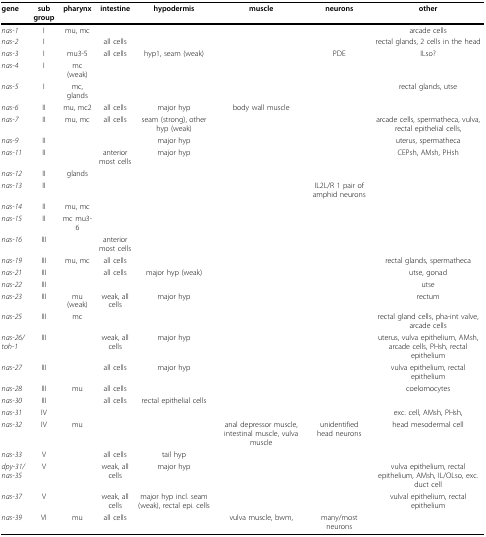
<table><thead><tr><td><b>gene</b></td><td><b>sub group</b></td><td><b>pharynx</b></td><td><b>intestine</b></td><td><b>hypodermis</b></td><td><b>muscle</b></td><td><b>neurons</b></td><td><b>other</b></td></tr></thead><tbody><tr><td><i>nas-1</i></td><td>I</td><td>mu, mc</td><td></td><td></td><td></td><td></td><td>arcade cells</td></tr><tr><td><i>nas-2</i></td><td>I</td><td></td><td>all cells</td><td></td><td></td><td></td><td>rectal glands, 2 cells in the head</td></tr><tr><td><i>nas-3</i></td><td>I</td><td>mu3-5</td><td>all cells</td><td>hyp1, seam (weak)</td><td></td><td>PDE</td><td>ILso?</td></tr><tr><td><i>nas-4</i></td><td>I</td><td>mc (weak)</td><td></td><td></td><td></td><td></td><td></td></tr><tr><td><i>nas-5</i></td><td>I</td><td>mc, glands</td><td></td><td></td><td></td><td></td><td>rectal glands, utse</td></tr><tr><td><i>nas-6</i></td><td>II</td><td>mu, mc2</td><td>all cells</td><td>major hyp</td><td>body wall muscle</td><td></td><td></td></tr><tr><td><i>nas-7</i></td><td>II</td><td>mu, mc</td><td>all cells</td><td>seam (strong), other hyp (weak)</td><td></td><td></td><td>arcade cells, spermatheca, vulva, rectal epithelial cells,</td></tr><tr><td><i>nas-9</i></td><td>II</td><td></td><td></td><td>major hyp</td><td></td><td></td><td>uterus, spermatheca</td></tr><tr><td><i>nas-11</i></td><td>II</td><td></td><td>anterior most cells</td><td>major hyp</td><td></td><td></td><td>CEPsh, AMsh, PHsh</td></tr><tr><td><i>nas-12</i></td><td>II</td><td>glands</td><td></td><td></td><td></td><td></td><td></td></tr><tr><td><i>nas-13</i></td><td>II</td><td></td><td></td><td></td><td></td><td>IL2L/R 1 pair of amphid neurons</td><td></td></tr><tr><td><i>nas-14</i></td><td>II</td><td>mu, mc</td><td></td><td></td><td></td><td></td><td></td></tr><tr><td><i>nas-15</i></td><td>II</td><td>mc mu3-6</td><td></td><td></td><td></td><td></td><td></td></tr><tr><td><i>nas-16</i></td><td>III</td><td></td><td>anterior most cells</td><td></td><td></td><td></td><td></td></tr><tr><td><i>nas-19</i></td><td>III</td><td>mu, mc</td><td>all cells</td><td></td><td></td><td></td><td>rectal glands, spermatheca</td></tr><tr><td><i>nas-21</i></td><td>III</td><td></td><td>all cells</td><td>major hyp (weak)</td><td></td><td></td><td>utse, gonad</td></tr><tr><td><i>nas-22</i></td><td>III</td><td></td><td></td><td></td><td></td><td></td><td>utse</td></tr><tr><td><i>nas-23</i></td><td>III</td><td>mu (weak)</td><td>weak, all cells</td><td>major hyp</td><td></td><td></td><td>rectum</td></tr><tr><td><i>nas-25</i></td><td>III</td><td>mc</td><td></td><td></td><td></td><td></td><td>rectal gland cells, pha-int valve, arcade cells</td></tr><tr><td><i>nas-26/toh-1</i></td><td>III</td><td></td><td>weak, all cells</td><td>major hyp</td><td></td><td></td><td>uterus, vulva epithelium, AMsh, arcade cells, PHsh, rectal epithelium</td></tr><tr><td><i>nas-27</i></td><td>III</td><td></td><td>all cells</td><td>major hyp</td><td></td><td></td><td>vulva epithelium, rectal epithelium</td></tr><tr><td><i>nas-28</i></td><td>III</td><td>mu</td><td>all cells</td><td></td><td></td><td></td><td>coelomocytes</td></tr><tr><td><i>nas-30</i></td><td>III</td><td></td><td>all cells</td><td>rectal epithelial cells</td><td></td><td></td><td></td></tr><tr><td><i>nas-31</i></td><td>IV</td><td></td><td></td><td></td><td></td><td></td><td>exc. cell, AMsh, PHsh,</td></tr><tr><td><i>nas-32</i></td><td>IV</td><td>mu</td><td></td><td></td><td>anal depressor muscle, intestinal muscle, vulva muscle</td><td>unidentified head neurons</td><td>head mesodermal cell</td></tr><tr><td><i>nas-33</i></td><td>V</td><td></td><td>all cells</td><td>tail hyp</td><td></td><td></td><td></td></tr><tr><td><i>dpy-31/nas-35</i></td><td>V</td><td></td><td>weak, all cells</td><td>major hyp</td><td></td><td></td><td>vulva epithelium, rectal epithelium, AMsh, IL/OLso, exc. duct cell</td></tr><tr><td><i>nas-37</i></td><td>V</td><td></td><td>weak, all cells</td><td>major hyp incl. seam (weak), rectal epi. cells</td><td></td><td></td><td>vulval epithelium, rectal epithelium</td></tr><tr><td><i>nas-39</i></td><td>VI</td><td>mu</td><td>all cells</td><td></td><td>vulva muscle, bwm,</td><td>many/most neurons</td><td></td></tr></tbody></table>